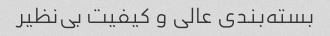
بسته‌بندی عالی و کیفیت بی‌نظیر